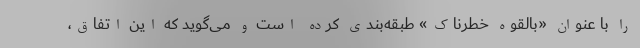
را با عنوان «بالقوه خطرناک» طبقه‌بندی کرده است و می‌گوید که این اتفاق،